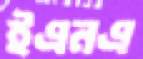
ইএনএ